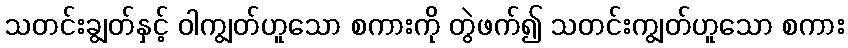
သတင်းချွတ်နှင့် ဝါကျွတ်ဟူသော စကားကို တွဲဖက်၍ သတင်းကျွတ်ဟူသော စကား